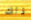
ذلك